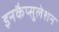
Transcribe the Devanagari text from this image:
इनकैप्सुलेशन